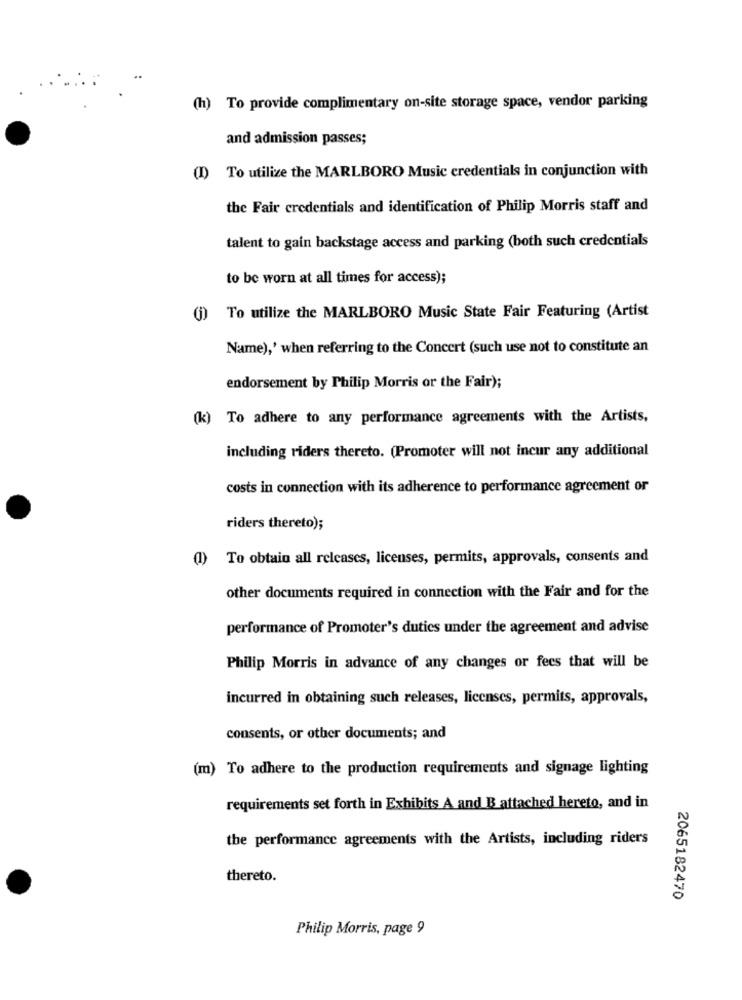
(h) To provide complimentary on-site storage space, vendor parking
and admission passes;
(I) To utilize the MARLBORO Music credentials in conjunction with
the Fair credentials and identification of Philip Morris staff and
talent to gain backstage access and parking (both such credentials
to be worn at all times for access);
To utilize the MARLBORO Music State Fair Featuring (Artist
()
Name),' when referring to the Concert (such use not to constitute an
endorsement by Philip Morris or the Fair);
(k) To adhere to any performance agreements with the Artists,
including riders thereto. (Promoter will not incur any additional
costs in connection with its adherence to performance agreement or
riders thereto);
(1) To obtain all releases, licenses, permits, approvals, consents and
other documents required in connection with the Fair and for the
performance of Promoter's dutics under the agreement and advise
Philip Morris in advance of any changes or fees that will be
incurred in obtaining such releases, licenses, permits, approvals,
consents, or other documents; and
(m) To adhere to the production requirements and signage lighting
requirements set forth in Exhibits A and B attached hereto, and in
the performance agreements with the Artists, including riders
thereto.
2065182470
Philip Morris, page 9